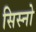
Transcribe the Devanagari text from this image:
सिस्नो